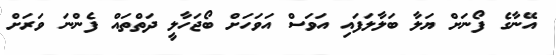
އޭނާގެ ފޯނަށް ޔަލާ ބަލާލަފައި އަވަސް އަވަހަށް ބޯޖަހާލީ ދަތްތައް ފެންނަ ވަރަށް